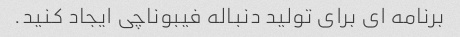
برنامه ای برای تولید دنباله فیبوناچی ایجاد کنید.